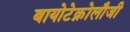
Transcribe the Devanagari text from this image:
बायोटेक्नोलौजी